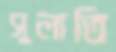
সুলাতি